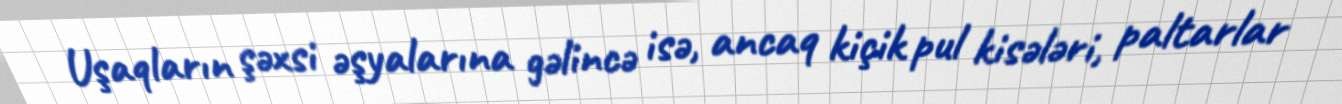
Uşaqların şəxsi əşyalarına gəlincə isə, ancaq kiçik pul kisələri, paltarlar